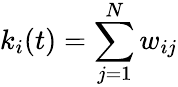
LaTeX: k_{i}(t)=\sum_{j=1}^{N}w_{ij}